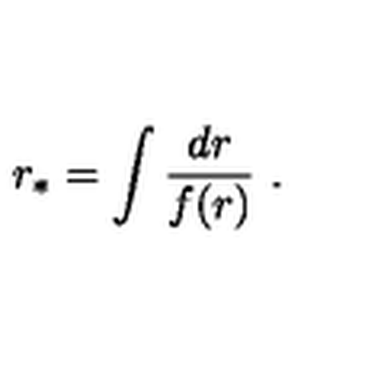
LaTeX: r _ { \ast } = \int \frac { d r } { f ( r ) } \ .